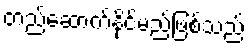
တည်ဆောက်နိုင်မည်ဖြစ်သည်